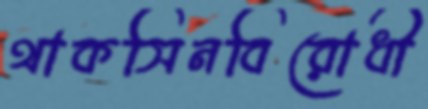
থাকসিনবিরোধী